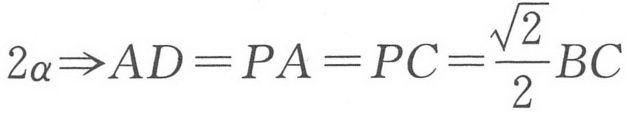
$2\alpha\Rightarrow AD = PA = PC=\frac{\sqrt{2}}{2}BC$